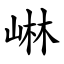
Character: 崊